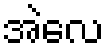
အဲလေ